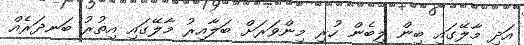
އަދި މާލޭގައި ބިން ލިބެން ހުރި މިންވަރަށް ބަލާއިރު މާލޭގައި އިތުރު ބަނދަރެއް